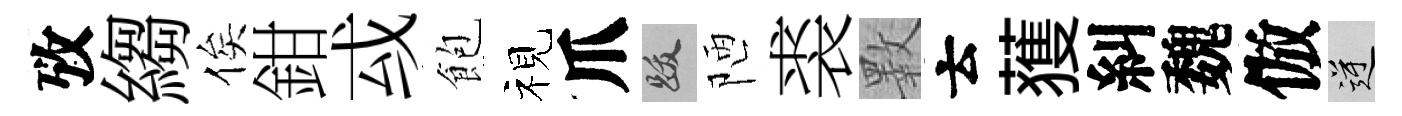
攷縐俟鉗㦯飽视爪跋陋裘斁云𫉬糾魏倣逆